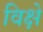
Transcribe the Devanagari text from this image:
विक्षे